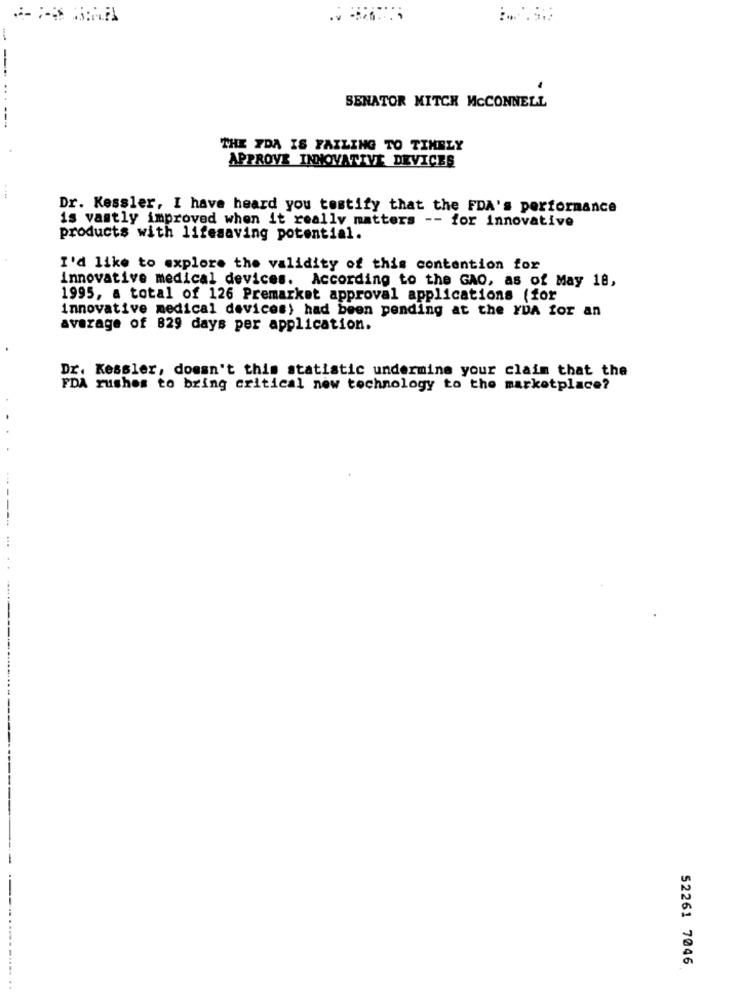
-
SENATOR MITCH MCCONNELL
---
THE FDA IS FAILING TO TIMELY
APPROVE INNOVATIVE DEVICES
Dr. Kessler, I have heard you testify that the FDA's performance
is vastly improved when it really matters -- for innovative
products with lifesaving potential.
I'd like to explore the validity of this contention for
Innovative medical devices. According to the GAO, as of May 18,
1995, a total of 126 Premarket approval applications (for
innovative medical devices) had been pending at the YDA for an
average of 829 days per application.
Dr. Kessler, doesn't this statistic undermine your claim that the
FDA rushes to bring critical new technology to the marketplace?
52261 7046